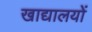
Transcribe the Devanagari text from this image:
खाद्यालयों